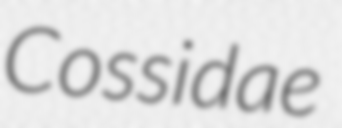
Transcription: Cossidae